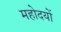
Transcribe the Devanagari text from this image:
महोदयों